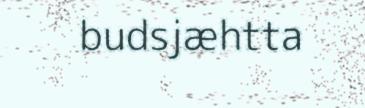
budsjæhtta